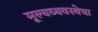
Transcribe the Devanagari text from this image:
मूल्यव्यवस्थेचा